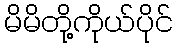
မိမိတို့ကိုယ်ပိုင်